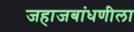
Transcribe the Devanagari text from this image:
जहाजबांधणीला